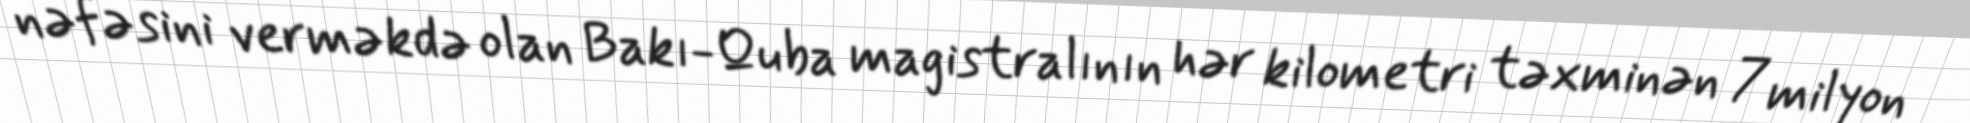
nəfəsini verməkdə olan Bakı-Quba magistralının hər kilometri təxminən 7 milyon